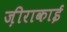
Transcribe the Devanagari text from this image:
ज़ीराकाई